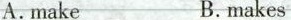
A.make B.makes